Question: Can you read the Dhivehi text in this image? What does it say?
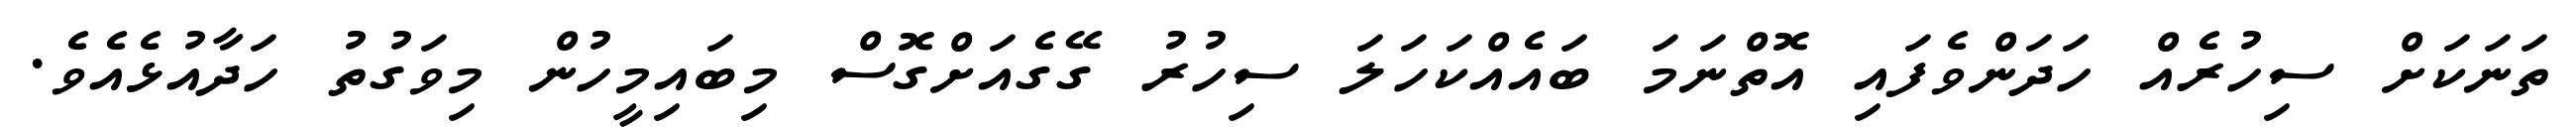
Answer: ތަނަކަށް ސިހުރެއް ހަދަންވެފައި އޮތްނަމަ ބައެއްކަހަލަ ސިހުރު ގޭގެއަށްގޮސް މިބައިމީހުން މިވަގުތު ހަދާއުޅެއެވެ.